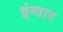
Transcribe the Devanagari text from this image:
इंग्वार